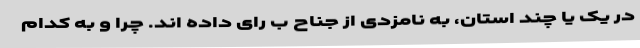
در یک یا چند استان، به نامزدی از جناح ب رای داده اند. چرا و به کدام